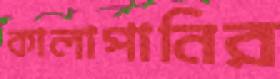
কালাপানির